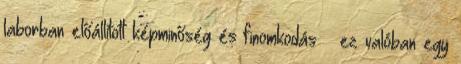
laborban előállított képminőség és finomkodás – ez valóban egy